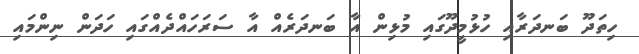
ހިތަދޫ ބަނދަރާއި ހުޅުމީދޫގައި މުޅިން އާ ބަނދަރެއް އާ ސަރަހައްދެއްގައި ހަދަން ނިންމައި